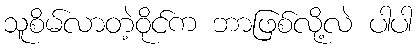
သူစိမ်လာတဲ့ဝိုင်က ဘာဖြစ်လို့လဲ ပါပါ